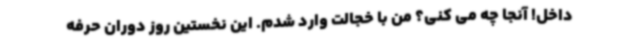
داخل! آنجا چه می کنی؟ من با خجالت وارد شدم. این نخستین روز دوران حرفه